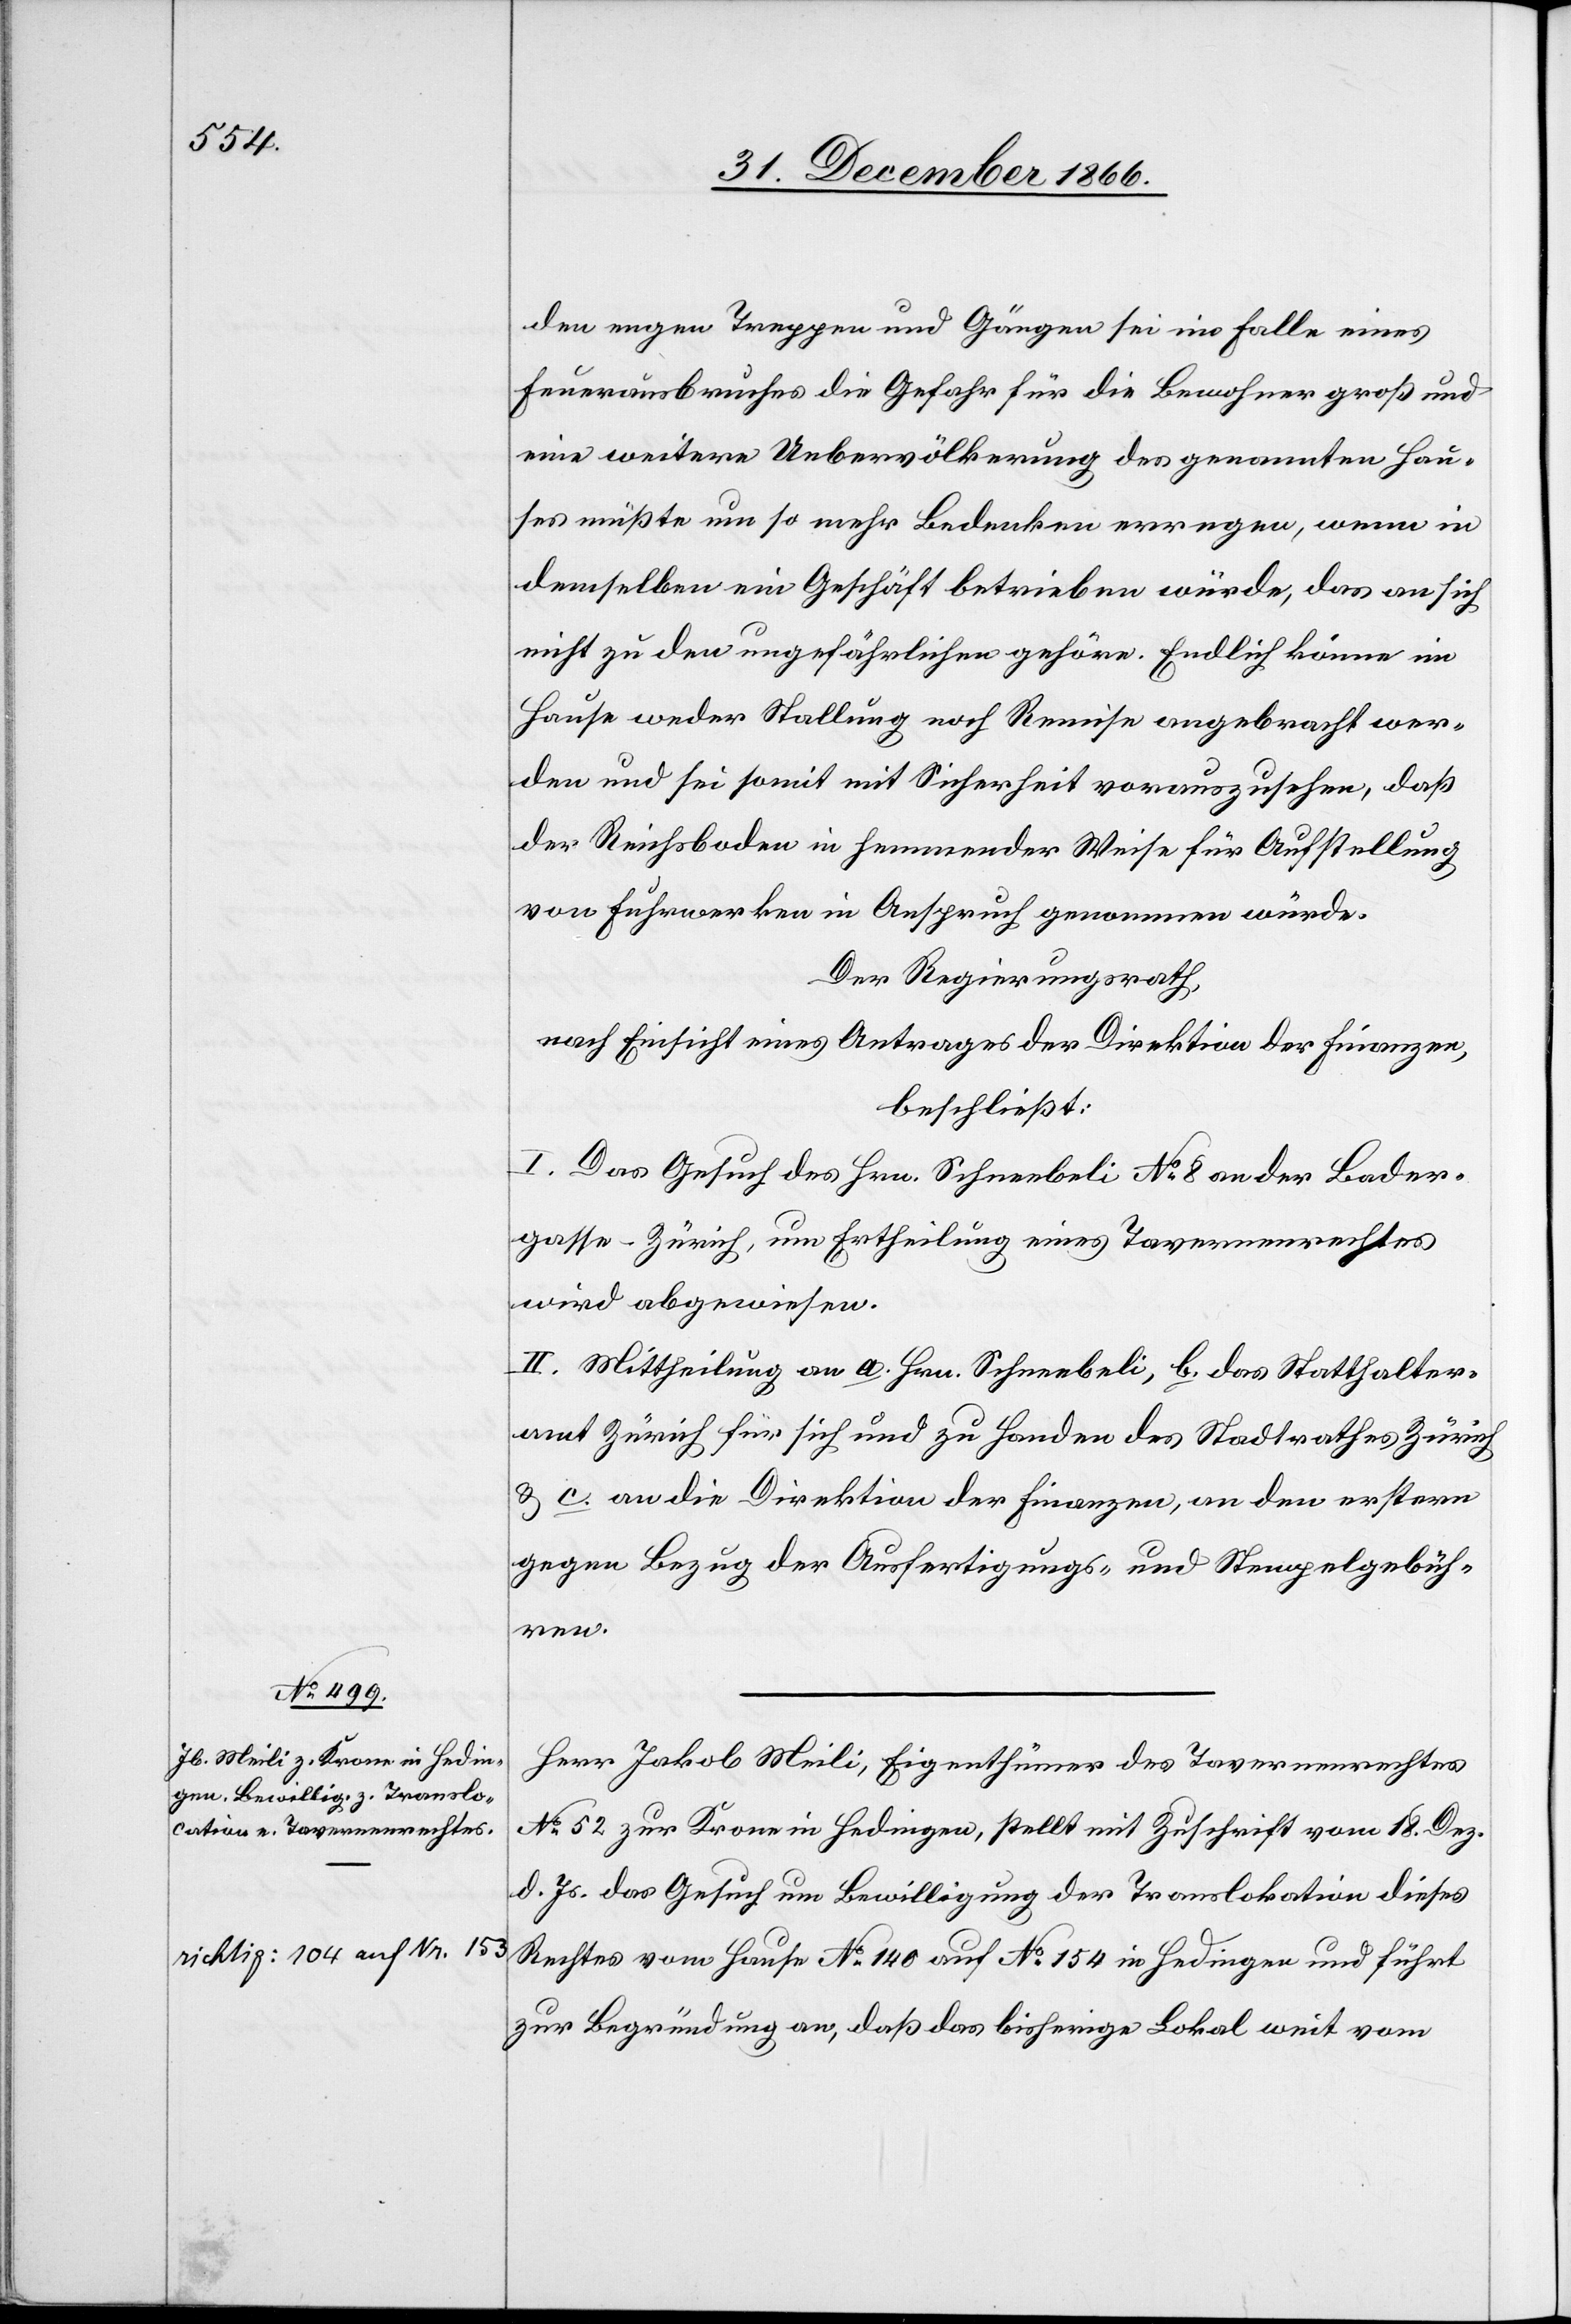
den engen Treppen und Gängen sei im Falle eines
Feuerausbruches die Gefahr für die Bewohner groß und
eine weitere Uebervölkerung des genannten Hau¬
ses müßte um so mehr Bedenken erregen, wenn in
demselben ein Geschäft betrieben würde, das an sich
nicht zu den ungefährlichen gehöre. Endlich könne im
Hause weder Stallung noch Remise angebracht wer¬
den und sei somit mit Sicherheit vorauszusehen, daß
der Reichsboden in hemmender Weise für Aufstellung
von Fuhrwerken in Anspruch genommen würde.
Der Regierungsrath,
nach Einsicht eines Antrages der Direktion der Finanzen,
beschließt:
I. Das Gesuch des Hrn. Schneebeli No. 8 an der Bader¬
gasse-Zürich, um Ertheilung eines Tavernenrechtes
wird abgewiesen.
II. Mittheilung an a. Hrn. Schneebeli, b. das Statthalter¬
amt Zürich für sich und zu Handen des Stadtrathes Zürich
& c. an die Direktion der Finanzen, an den erstern
gegen Bezug der Ausfertigungs- und Stempelgebüh¬
ren.
Herr Jakob Meili, Eigenthümer des Tavernenrechtes
No. 52 zur Krone in Hedingen, stellt mit Zuschrift vom 18. Dez.
d. Js. das Gesuch um Bewilligung der Translokation dieses
Rechtes vom Hause No. 140 auf No. 154 a-richtig: 104 auf Nr.
zur Begründung an, daß das bisherige Lokal weit vom